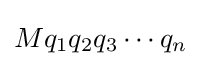
Mq_{1}q_{2}q_{3}\cdots q_{n}